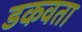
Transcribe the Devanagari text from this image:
डकवता